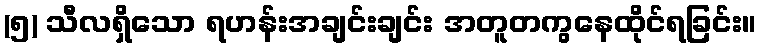
(၅) သီလရှိသော ရဟန်းအချင်းချင်း အတူတကွနေထိုင်ရခြင်း။